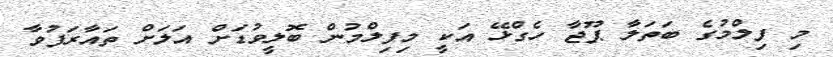
މި ފިލްމުގެ ބަތަލާ ޕޫޖާ ހެގްޅޭ އަކީ މިފިލްމުން ބޮލީވުޑަށް އަލަށް ތައާރަފުވާ